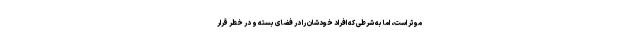
موثر است، اما به شرطی که افراد خودشان را در فضای بسته و در خطر قرار